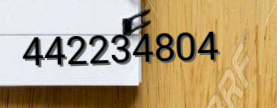
442234804